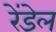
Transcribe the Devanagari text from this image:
रेंडेल